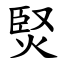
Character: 㷂